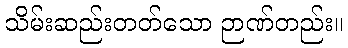
သိမ်းဆည်းတတ်သော ဉာဏ်တည်း။